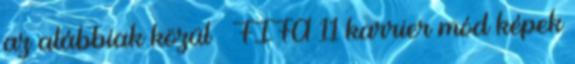
az alábbiak közül » FIFA 11 karrier mód képek